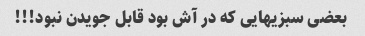
بعضی سبزیهایی که در آش بود قابل جویدن نبود!!!